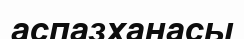
аспазханасы